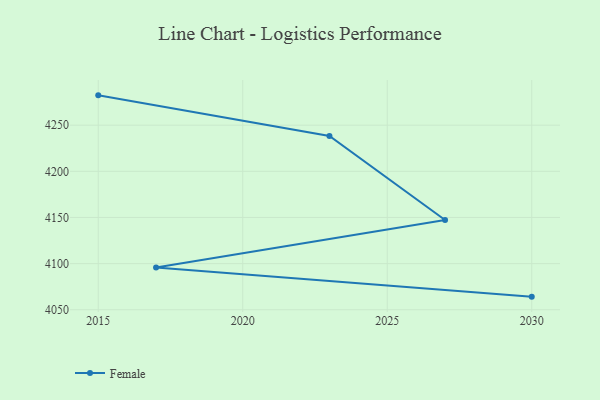
{"axis": {"x": "Year", "y": "Budget (USD K)"}, "legend": ["Female"], "data": [{"x": "2015", "y": 4282.3, "type": "Female"}, {"x": "2023", "y": 4238.2, "type": "Female"}, {"x": "2027", "y": 4147.3, "type": "Female"}, {"x": "2017", "y": 4095.7, "type": "Female"}, {"x": "2030", "y": 4064.2, "type": "Female"}]}